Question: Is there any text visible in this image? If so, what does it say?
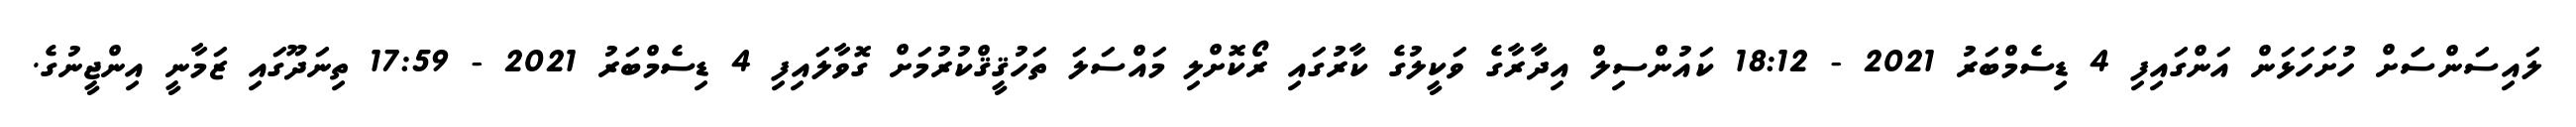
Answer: ލައިސަންސަަށް ހުށަހަޅަން އަންގައިފި 4 ޑިސެމްބަރު 2021 - 18:12 ކައުންސިލް އިދާރާގެ ވަކީލުގެ ކާރުގައި ރޯކޮށްލި މައްސަލަ ތަހުޤީޤްކުރުމަށް ގޮވާލައިފި 4 ޑިސެމްބަރު 2021 - 17:59 ތިނަދޫގައި ޒަމާނީ އިންޖީނުގެ.